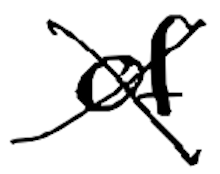
Text: of
Cross-out: cross
Writing tool: digital_black